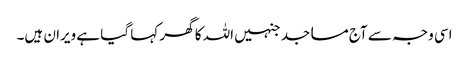
اسی وجہ سے آج مساجد جنہیں اللہ کا گھر کہا گیا ہے ویران ہیں۔